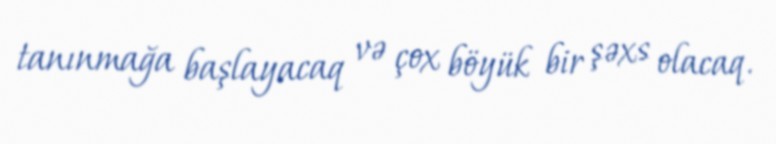
tanınmağa başlayacaq və çox böyük bir şəxs olacaq.